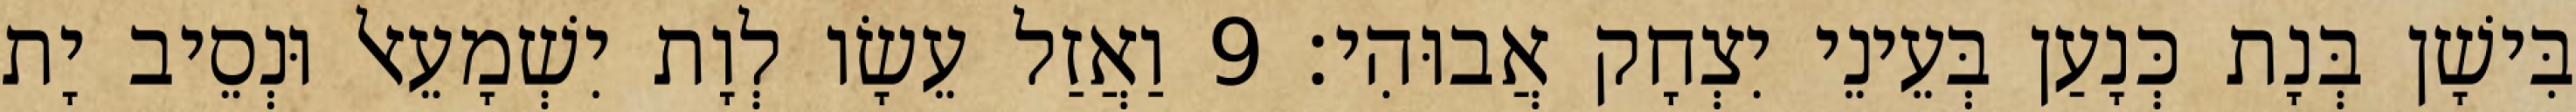
בִּישָׁן בְּנָת כְּנָעַן בְּעֵינֵי יִצְחָק אֲבוּהִי׃ 9 וַאֲזַל עֵשָׂו לְוָת יִשְׁמָעֵאל וּנְסֵיב יָת